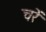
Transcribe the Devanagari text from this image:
चरें